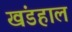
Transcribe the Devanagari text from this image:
खंडहाल